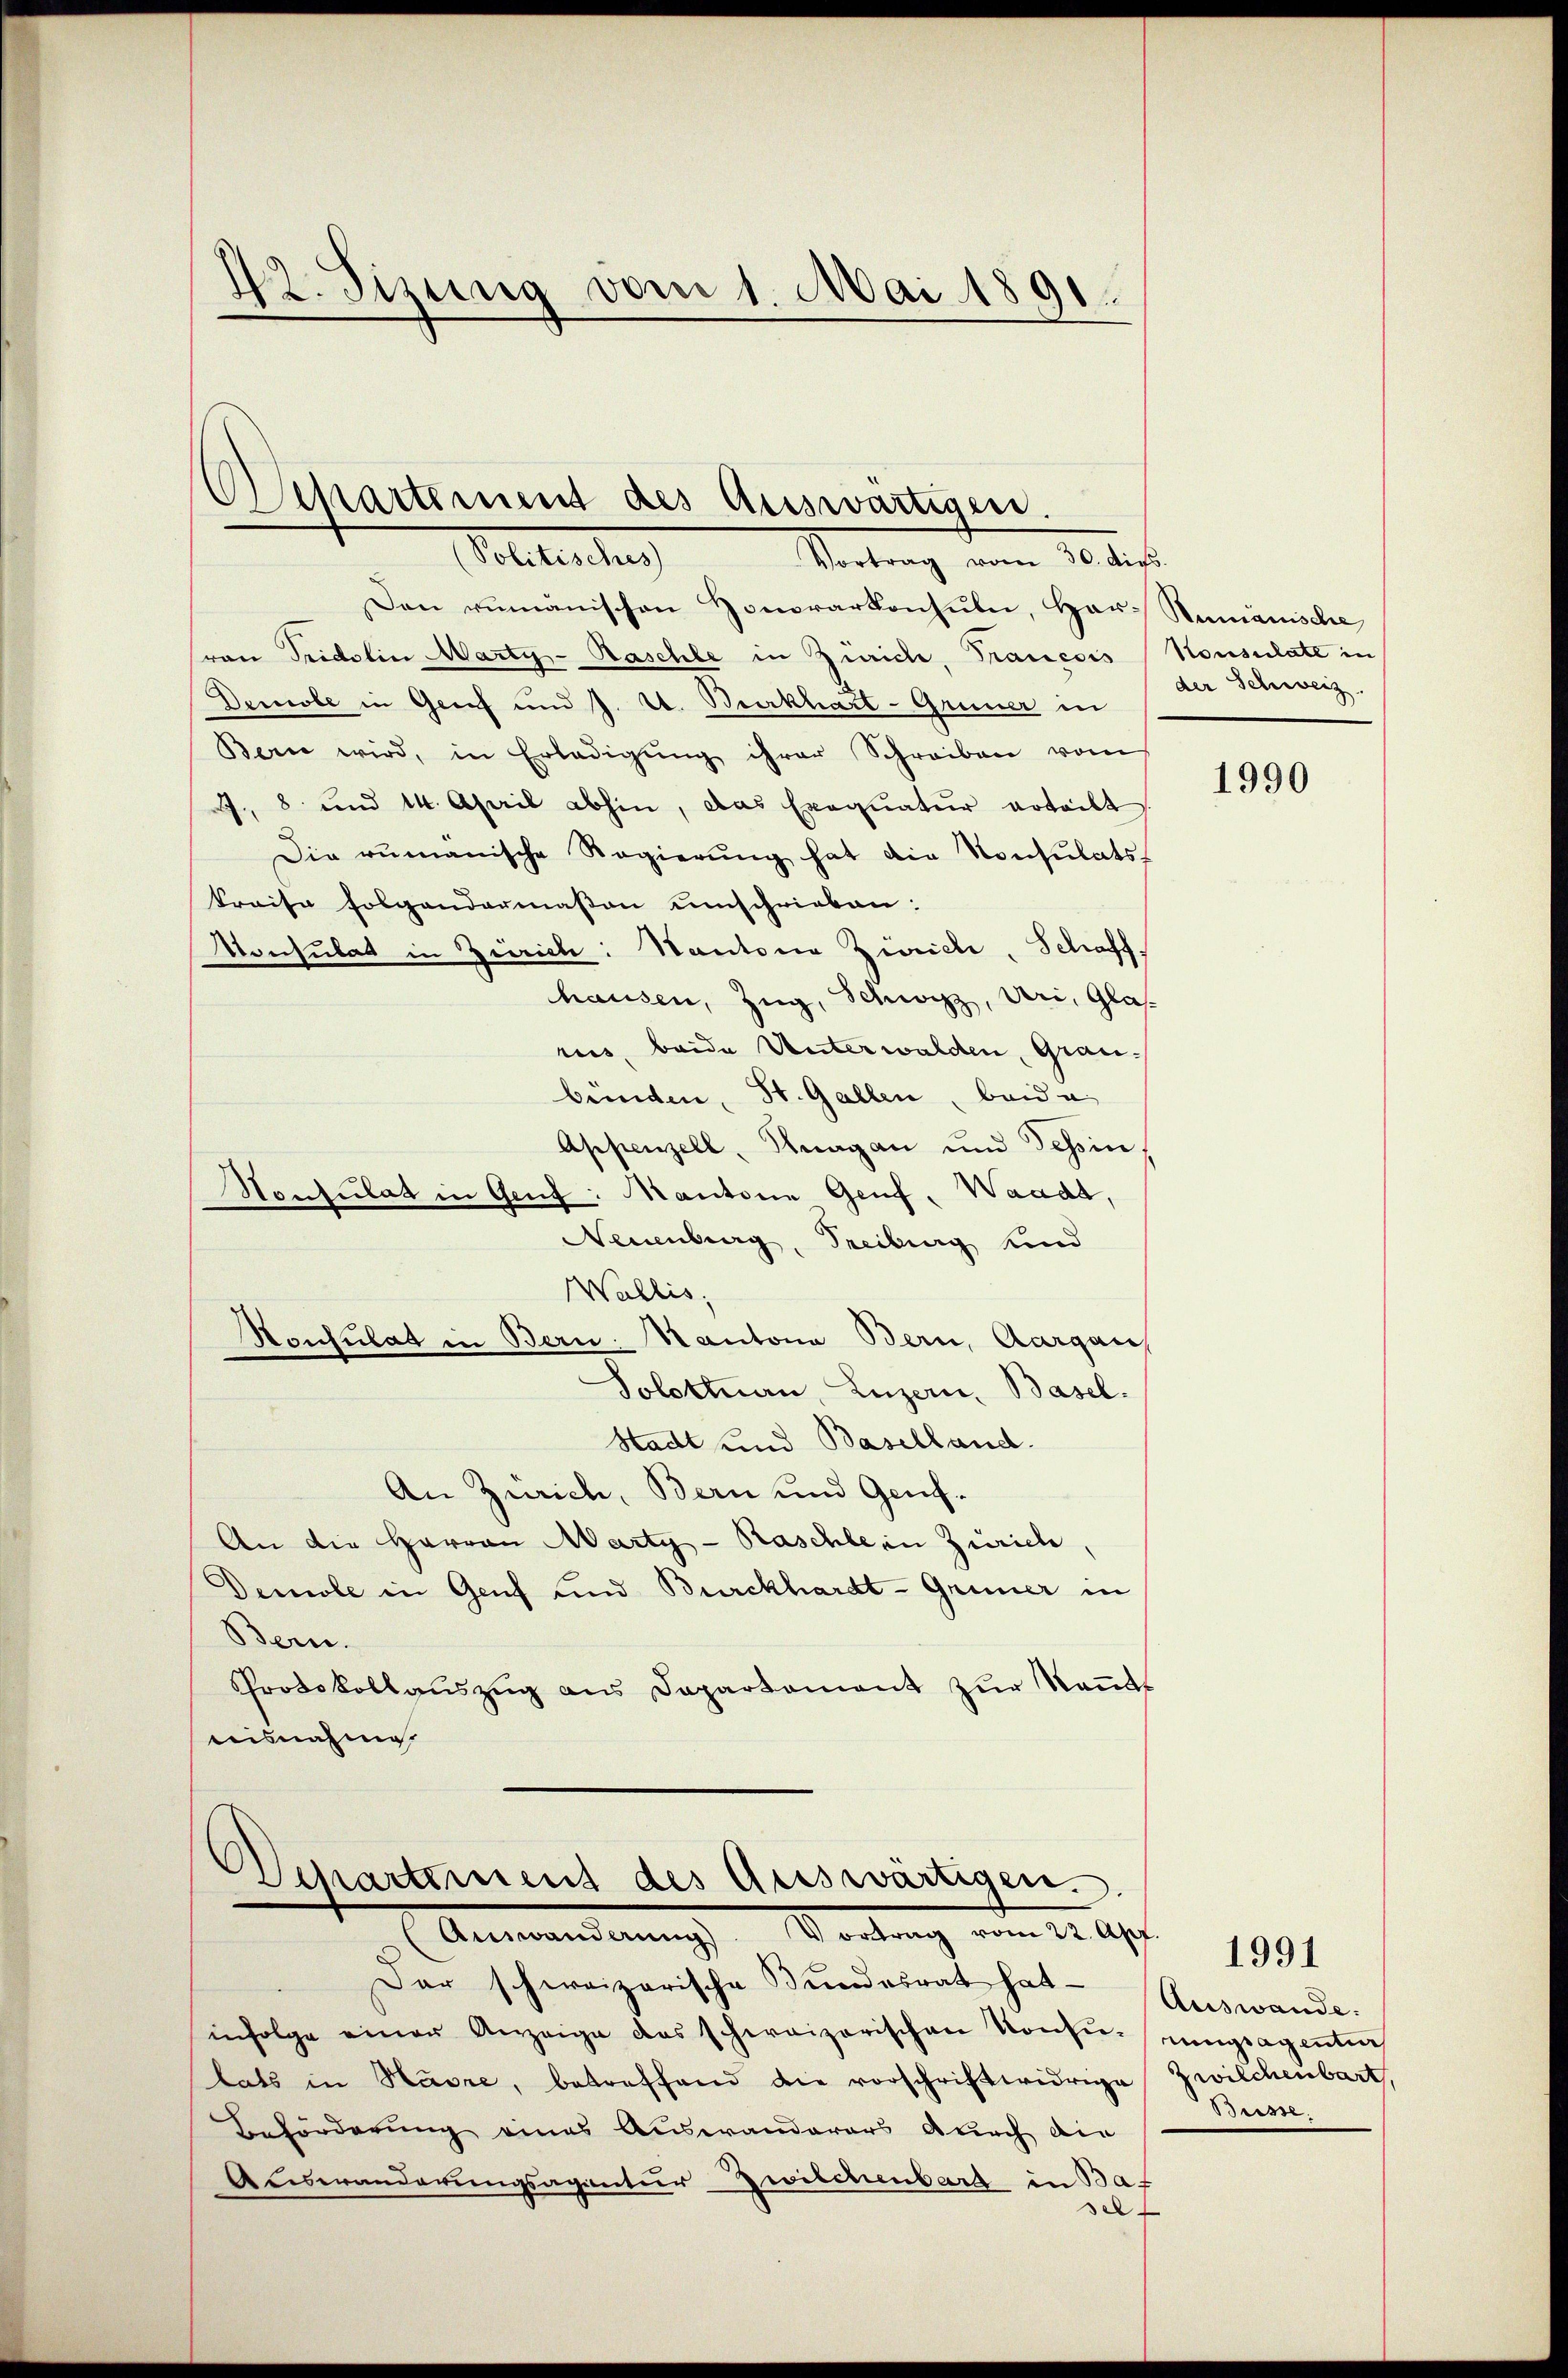
42. Sizung vom 1. Mai 1891

Departement des Auswärtigen.
olterlang
Vortrag vom 30. die

Den rumänischen Honorarkonsuln, Har- Stumänische
ron Seidelin Marty-Kaschle in Zürich, Trancois Konsulate in
Demole in Greif und J. U. Burkhart-Grüner in
Bern wird, in Erledigŭng ihrer Schreiben vom
J. 8 und 14. April abhin, das Exequatur erteilt
Die rumänische Regierŭng hat die Konsulats-
kraise folgendermaßen umschrieben:
Konsulat in Zürich: Hautoria Zürich, Schaff,
hausen, Zug, Schwyz, Uri, Glas
rus, beide Unterwalden, Graubünden, St. Gallen, beide
Appenzell, Knagan und Tessin,
Nonsulat in Genf: Mantone Genf, Waadt,
Neuenburg, Freiburg Kind
Wallis,
Konsulat in Bern. Kantona Bern, Aargau,
Solottnau, Luzern, Basel.
Stadt und Baselland.
An Zürich, Bern und Genf¬
An die Harron Marty - Raschlein Zürich,
Demole in Genf und Burckhardt-Grüner in
Bern.
Protokollaŭszŭg ans Departement zŭr Keṅts
aisnahme.

Departement des Auswärtigen.
Anmwanderung Verlang vom 14. Ap

Dar schweizerische Bundesrat hat
infolge einer Anzeige das schweizerischen Konsŭ-
lats in Havre, betreffend die vorschriftwidrige Zwilchenbart,
Beförderung eines Auswanderars durch die
Auswanderungsagentur Zwischenbarg in Bat
e

der Schweiz.

1990

Auswande.
ungsagentiers
Besse.

1991